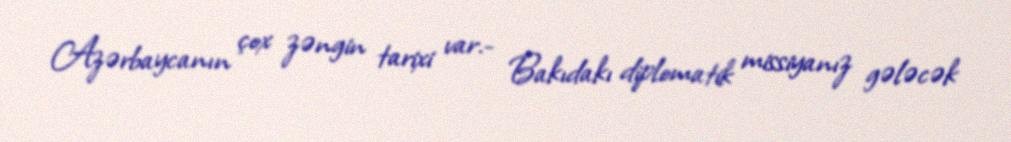
Azərbaycanın çox zəngin tarixi var.- Bakıdakı diplomatik missiyanız gələcək